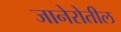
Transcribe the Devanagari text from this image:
जानेरोतील